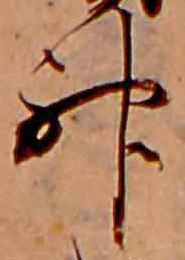
神